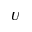
U